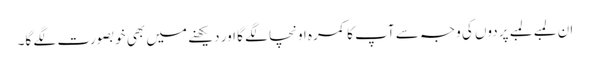
ان لمبے لمبے پردوں کی وجہ سے آپ کا کمرہ اونچا لگے گا اور دیکھنے میں بھی خوبصورت لگے گا۔